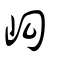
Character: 𥐾